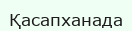
Қасапханада